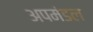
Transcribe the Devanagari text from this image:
अपमंडल